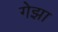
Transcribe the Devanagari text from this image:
गेझा